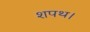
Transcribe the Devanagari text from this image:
शपथ।